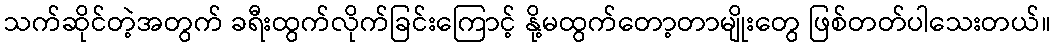
သက်ဆိုင်တဲ့အတွက် ခရီးထွက်လိုက်ခြင်းကြောင့် နို့မထွက်တော့တာမျိုးတွေ ဖြစ်တတ်ပါသေးတယ်။